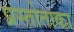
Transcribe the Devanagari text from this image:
प्रस्तोताका